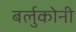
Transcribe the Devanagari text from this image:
बर्लुकोनी